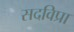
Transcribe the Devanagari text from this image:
सदविप्रा